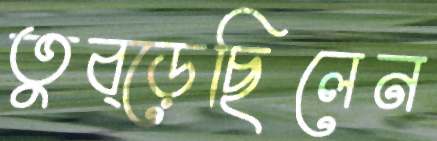
তুব্‌ড়েছিলেন